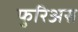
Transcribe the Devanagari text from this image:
फुरिअस